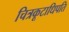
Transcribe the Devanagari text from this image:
चित्रकूटाधिपति